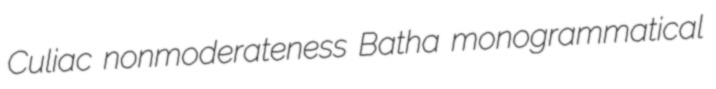
Culiac nonmoderateness Batha monogrammatical